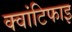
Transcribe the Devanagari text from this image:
क्वांटिफाइ